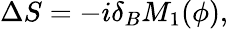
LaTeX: \Delta S=-i\delta_{B}M_{1}(\phi),